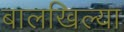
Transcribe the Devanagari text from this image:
बालखिल्या